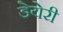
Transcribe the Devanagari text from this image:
डेयेरी